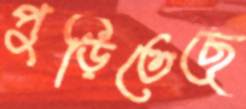
পুড়িতেছে